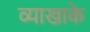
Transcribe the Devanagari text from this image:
व्याखाके